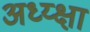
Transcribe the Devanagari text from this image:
अध्य्क्षा